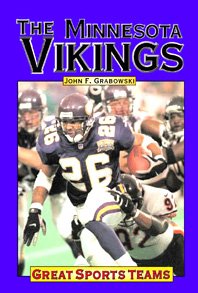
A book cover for Minnesota Vikings (Great Sports Teams); John F. Grabowski; Teen & Young Adult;